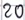
Text: Z0